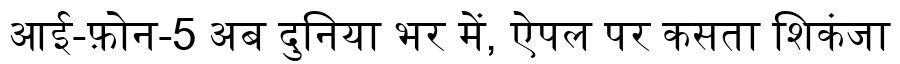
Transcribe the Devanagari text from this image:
आई-फ़ोन-5 अब दुनिया भर में, ऐपल पर कसता शिकंजा